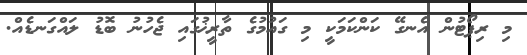
މި ރިޕޯޓުން އެނގޭ ކަންކަމަކީ މި ގައުމުގެ ތާރީޚުގައި ޖެހުނު ބޮޑު ލައްގަނޑެއް.